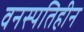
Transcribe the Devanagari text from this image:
वनस्‍पतिहीन